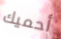
أحميك